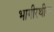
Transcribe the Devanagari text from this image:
भागीरथीवर